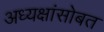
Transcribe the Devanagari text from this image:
अध्यक्षांसोबत